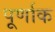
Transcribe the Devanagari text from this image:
पूर्णाक